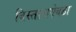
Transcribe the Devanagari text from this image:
विस्ताराऐवढा